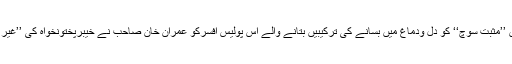
اس میں دعویٰ تھا کہ انگریزی زبان میں ’’مثبت سوچ‘‘ کو دل ودماغ میں بسانے کی ترکیبیں بتانے والے اس پولیس افسرکو عمران خان صاحب نے خیبرپختونخواہ کی ’’غیر سیاسی‘‘ پولیس کا سربراہ مقرر کیا ہے۔